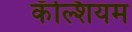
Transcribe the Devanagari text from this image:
कँल्शियम